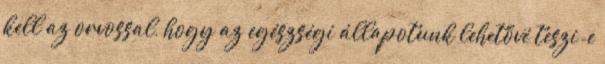
kell az orvossal, hogy az egészségi állapotunk lehetővé teszi-e